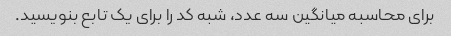
برای محاسبه میانگین سه عدد، شبه کد را برای یک تابع بنویسید.